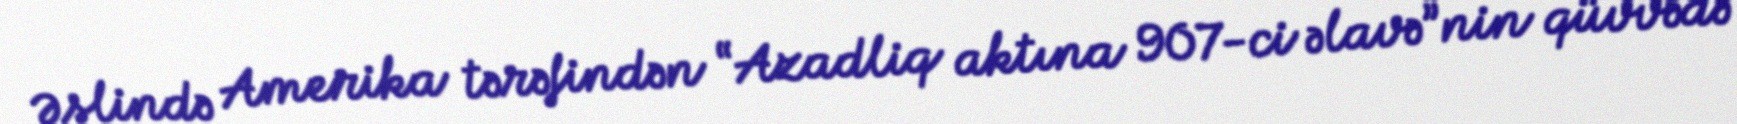
Əslində Amerika tərəfindən “Azadliq aktına 907-ci əlavə”nin qüvvədə